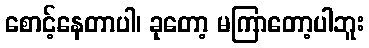
စောင့်နေတာပါ၊ ခုတော့ မကြာတော့ပါဘူး